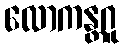
လောကန္တဂူ